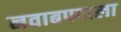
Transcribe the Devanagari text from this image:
नवाबपदाला